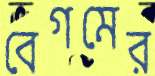
বেগমের